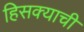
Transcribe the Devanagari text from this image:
हिसक्याची